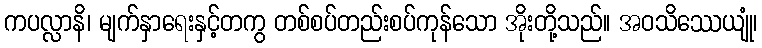
ကပလ္လာနိ၊ မျက်နှာရေးနှင့်တကွ တစ်စပ်တည်းစပ်ကုန်သော အိုးတို့သည်။ အဝသိဿေယျုံ၊